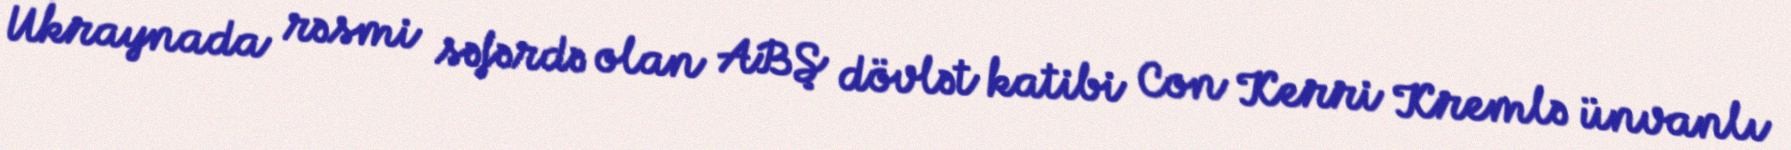
Ukraynada rəsmi səfərdə olan ABŞ dövlət katibi Con Kerri Kremlə ünvanlı